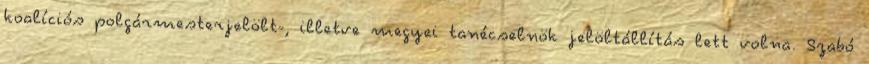
koalíciós polgármesterjelölt-, illetve megyei tanécselnök jelöltállítás lett volna. Szabó